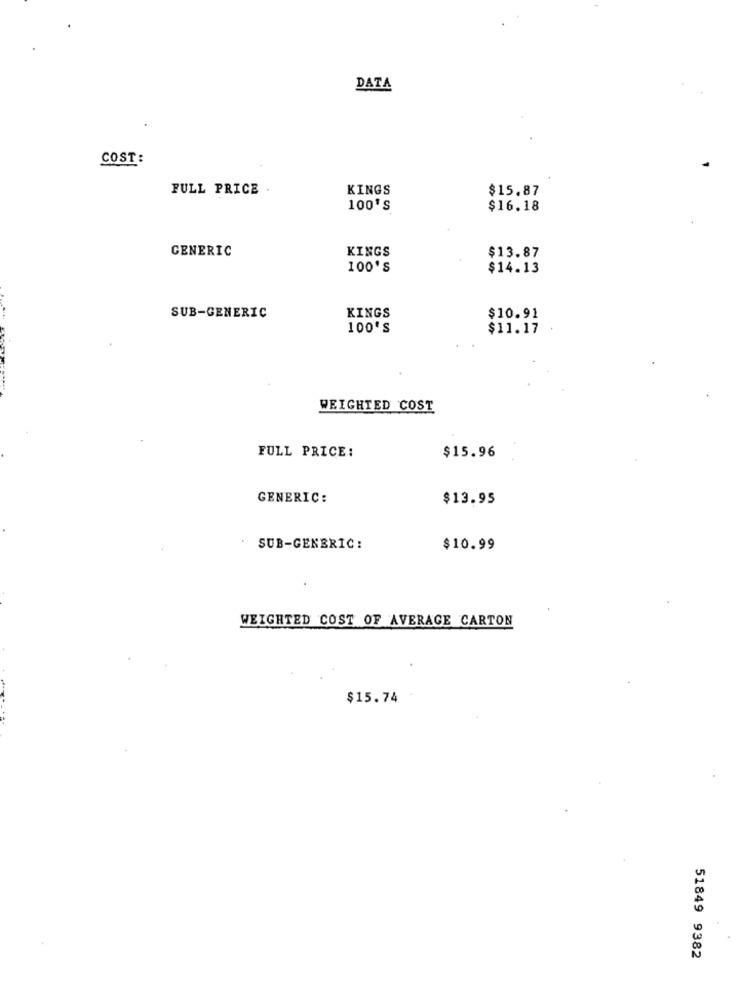
DATA
COST:
FULL PRICE
KINGS
$15.87
100'S
$16.18
GENERIC
KINGS
$13.87
100'S
$14.13
SUB-GENERIC
KINGS
$10.91
100'S
$11.17
WEIGHTED COST
FULL PRICE:
$15.96
GENERIC:
$13.95
SUB-GENERIC:
$10.99
WEIGHTED COST OF AVERAGE CARTON
$15.74
51849 9382